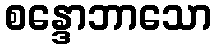
စန္ဒောဘာသော